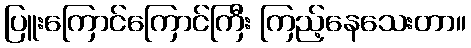
ပြူးကြောင်ကြောင်ကြီး ကြည့်နေသေးတာ။